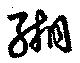
緗